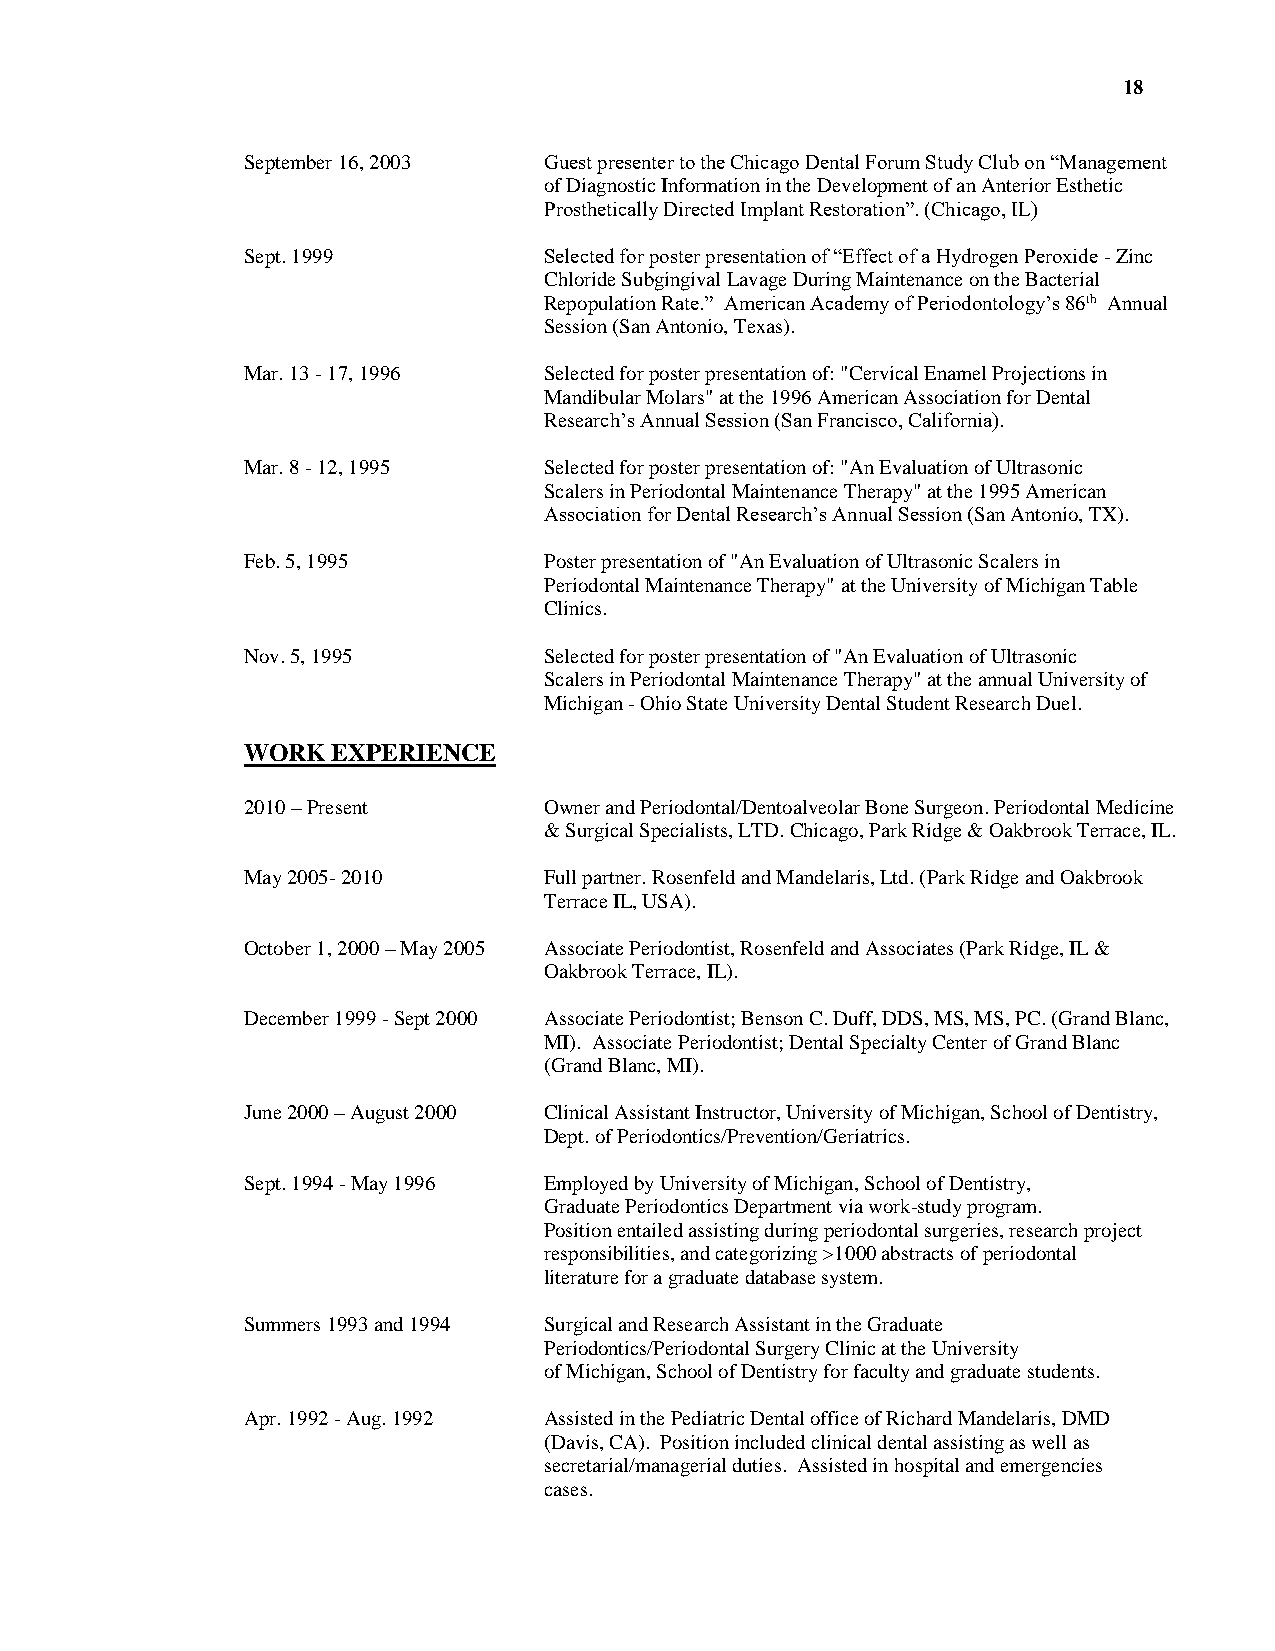
18
 September 16, 2003  Guest presenter to the Chicago Dental Forum Study Club on “Management
 of Diagnostic Information in the Development of an Anterior Esthetic
 Prosthetically Directed Implant Restoration”. (Chicago, IL)
 Sept. 1999          Selected for poster presentation of “Effect of a Hydrogen Peroxide - Zinc
 Chloride Subgingival Lavage During Maintenance on the Bacterial
 Repopulation Rate.” American Academy of Periodontology’s 86th Annual
 Session (San Antonio, Texas).
 Mar. 13 - 17, 1996  Selected for poster presentation of: "Cervical Enamel Projections in
 Mandibular Molars" at the 1996 American Association for Dental
 Research’s Annual Session (San Francisco, California).
 Mar. 8 - 12, 1995   Selected for poster presentation of: "An Evaluation of Ultrasonic
 Scalers in Periodontal Maintenance Therapy" at the 1995 American
 Association for Dental Research’s Annual Session (San Antonio, TX).
 Feb. 5, 1995        Poster presentation of "An Evaluation of Ultrasonic Scalers in
 Periodontal Maintenance Therapy" at the University of Michigan Table
 Clinics.
 Nov. 5, 1995        Selected for poster presentation of "An Evaluation of Ultrasonic
 Scalers in Periodontal Maintenance Therapy" at the annual University of
 Michigan - Ohio State University Dental Student Research Duel.
 WORK  EXPERIENCE
 2010 – Present      Owner and Periodontal/Dentoalveolar Bone Surgeon. Periodontal Medicine
 & Surgical Specialists, LTD. Chicago, Park Ridge & Oakbrook Terrace, IL.
 May 2005- 2010      Full partner. Rosenfeld and Mandelaris, Ltd. (Park Ridge and Oakbrook
 Terrace IL, USA).
 October 1, 2000 – May 2005 Associate Periodontist, Rosenfeld and Associates (Park Ridge, IL &
 Oakbrook Terrace, IL).
 December 1999 - Sept 2000 Associate Periodontist; Benson C. Duff, DDS, MS, MS, PC. (Grand Blanc,
 MI). Associate Periodontist; Dental Specialty Center of Grand Blanc
 (Grand Blanc, MI).
 June 2000 – August 2000 Clinical Assistant Instructor, University of Michigan, School of Dentistry,
 Dept. of Periodontics/Prevention/Geriatrics.
 Sept. 1994 - May 1996 Employed by University of Michigan, School of Dentistry,
 Graduate Periodontics Department via work-study program.
 Position entailed assisting during periodontal surgeries, research project
 responsibilities, and categorizing >1000 abstracts of periodontal
 literature for a graduate database system.
 Summers 1993 and 1994 Surgical and Research Assistant in the Graduate
 Periodontics/Periodontal Surgery Clinic at the University
 of Michigan, School of Dentistry for faculty and graduate students.
 Apr. 1992 - Aug. 1992 Assisted in the Pediatric Dental office of Richard Mandelaris, DMD
 (Davis, CA). Position included clinical dental assisting as well as
 secretarial/managerial duties. Assisted in hospital and emergencies
 cases.